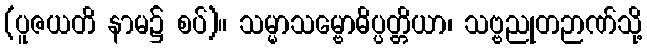
(ပူဇယတိ နာမ၌ စပ်)။ သမ္မာသမ္ဗောဓိပ္ပတ္တိယာ၊ သဗ္ဗညုတဉာဏ်သို့